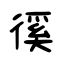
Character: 徯